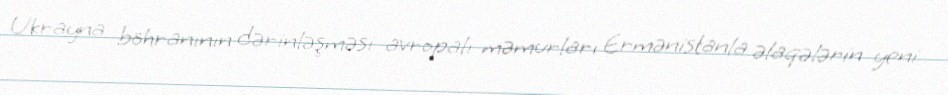
Ukrayna böhranının dərinləşməsi avropalı məmurları Ermənistanla əlaqələrin yeni